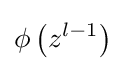
\phi \left(z^{l-1}\right)